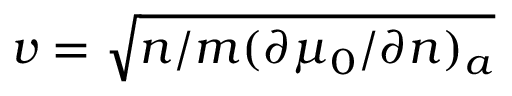
v = \sqrt { n / m ( \partial \mu _ { 0 } / \partial n ) _ { a } }